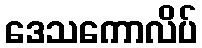
ဒေသကောလိပ်